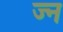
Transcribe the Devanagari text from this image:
ज्न